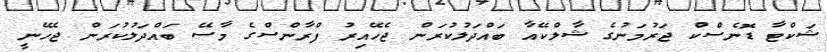
ޝަކްޓާ ޑޮނެސްކް ޖަރުމަނުގެ ޝާލްކޭއާ ބައްދަލުކުރަން ޖެހޭއިރު ފްރާންސްގެ މާސޭ ބައްދަލުކުރަން ޖެހޭނީ